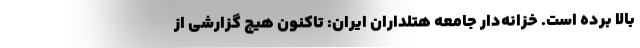
بالا برده است. خزانه‌دار جامعه هتلداران ایران: تاکنون هیچ گزارشی از